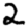
Digit: 2